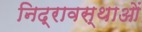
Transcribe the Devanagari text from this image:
निद्रावस्थाओं